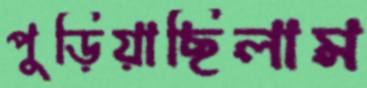
পুড়িয়াছিলাম